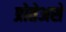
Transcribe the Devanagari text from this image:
प्रोतेअसे